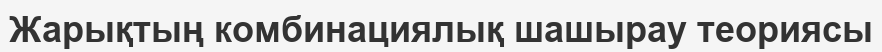
Жарықтың комбинациялық шашырау теориясы